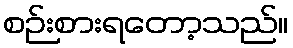
စဉ်းစားရတော့သည်။